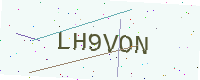
Text: LH9VON